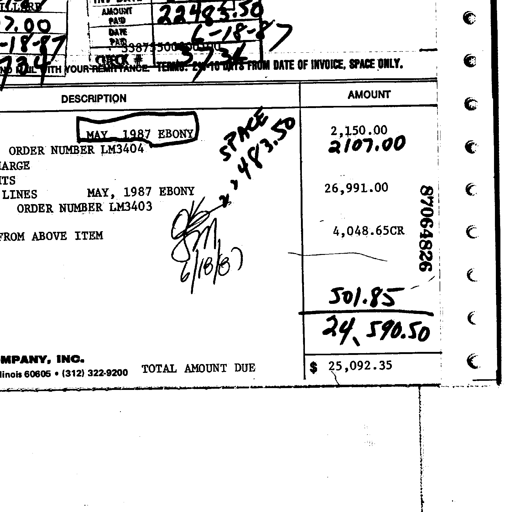
ILL. RE
7.00
-18-87
734
AMOUNT PAID 22483.50
DATE PAID 6-18-87
CHECK # 3736
RETURN STUB WITH YOUR REMITTANCE. TERMS: 2% 10 DAYS FROM DATE OF INVOICE, SPACE ONLY.
DESCRIPTION AMOUNT
MAY 1987 EBONY SPACE
ORDER NUMBER LM3404 2,483.50
2,150.00
2107.00
LINES MAY, 1987 EBONY 26,991.00
ORDER NUMBER LM3403
GM
6/18/87
FROM ABOVE ITEM 4,048.65CR
87064826
501.85
24,590.50
MPANY, INC.
TOTAL AMOUNT DUE $ 25,092.35